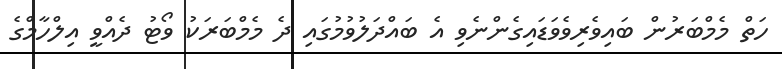
ހަތް މެމްބަރުން ބައިވެރިވެވަޑައިގެންނެވި އެ ބައްދަލުވުމުގައި ދެ މެމްބަރަކު ވޯޓު ދެއްވީ އިލްހާމްގެ